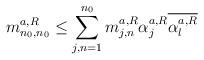
LaTeX: \begin{align*} m_{n_0,n_0}^{a,R} \leq \sum_{j,n=1}^{n_0} m_{j,n}^{a,R}\alpha_j^{a,R}\overline{\alpha_l^{a,R}}\end{align*}